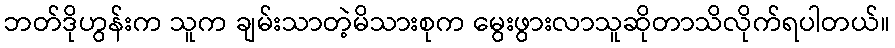
ဘတ်ဒိုဟွန်းက သူက ချမ်းသာတဲ့မိသားစုက မွေးဖွားလာသူဆိုတာသိလိုက်ရပါတယ်။